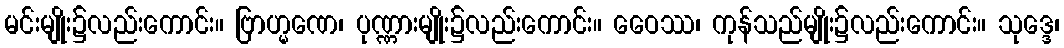
မင်းမျိုး၌လည်းကောင်း။ ဗြာဟ္မဏေ၊ ပုဏ္ဏားမျိုး၌လည်းကောင်း။ ဝေေဿ၊ ကုန်သည်မျိုး၌လည်းကောင်း။ သုဒ္ဒေ၊